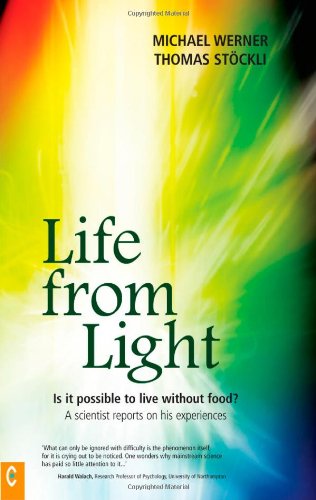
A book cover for Life from Light: Is It Possible to Live Without Food?: A Scientist Reports on His Experiences; Michael Werner; Science & Math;